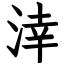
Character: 涬